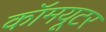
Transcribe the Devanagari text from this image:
कॉमयूटर